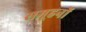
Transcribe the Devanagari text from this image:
समूहनों